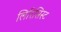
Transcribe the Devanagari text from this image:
लिरिसिस्ट